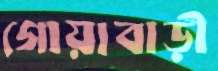
গোয়াবাড়ী